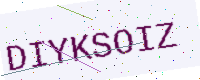
Text: DIYKSOIZ